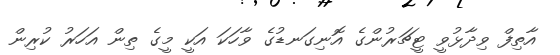
އާތިފް ވިދާޅުވީ ޓީޗަރުންގެ އޮނިގަނޑުގެ ވާހަކަ އަކީ މީގެ ތިން އަހަރު ކުރިން